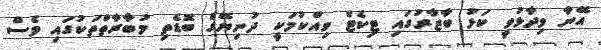
އޭނާ ވިދާޅުވީ ކަޅު ބާޒާރުގައި ޓިކެޓް ވިއްކުމަކީ ދުނިޔޭގެ ބޮޑެތި މުބާރާތްތަކުގައި ވެސް